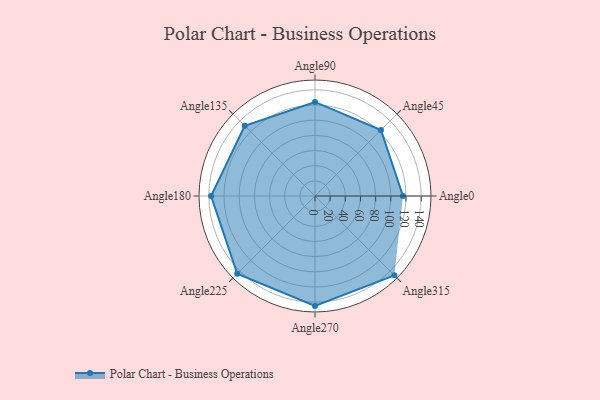
{"axis": {"x": "Angle", "y": "Radius"}, "legend": [""], "data": [{"x": "Angle0", "y": 116.0, "type": ""}, {"x": "Angle45", "y": 123.0, "type": ""}, {"x": "Angle90", "y": 124.0, "type": ""}, {"x": "Angle135", "y": 131.0, "type": ""}, {"x": "Angle180", "y": 137.0, "type": ""}, {"x": "Angle225", "y": 145.0, "type": ""}, {"x": "Angle270", "y": 145.0, "type": ""}, {"x": "Angle315", "y": 148.0, "type": ""}]}